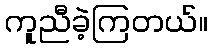
ကူညီခဲ့ကြတယ်။